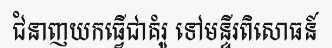
ជំនាញយកធ្វើជាគំរូ ទៅមន្ទីរពិសោធន៍